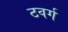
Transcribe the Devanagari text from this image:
टवर्ग